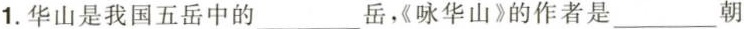
1.华山是我国五岳中的___岳，《咏华山》的作者是___朝